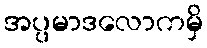
အပ္ပမာဒလောကမှိ